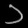
Digit: ၁